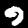
Digit: 9